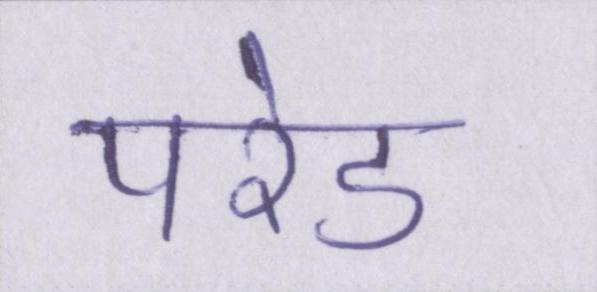
परेड